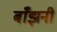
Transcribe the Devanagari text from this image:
बाँझनी